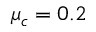
\mu _ { c } = 0 . 2